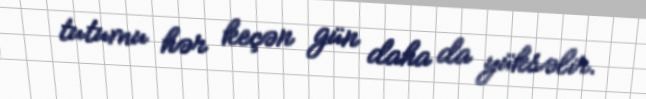
tutumu hər keçən gün daha da yüksəlir.